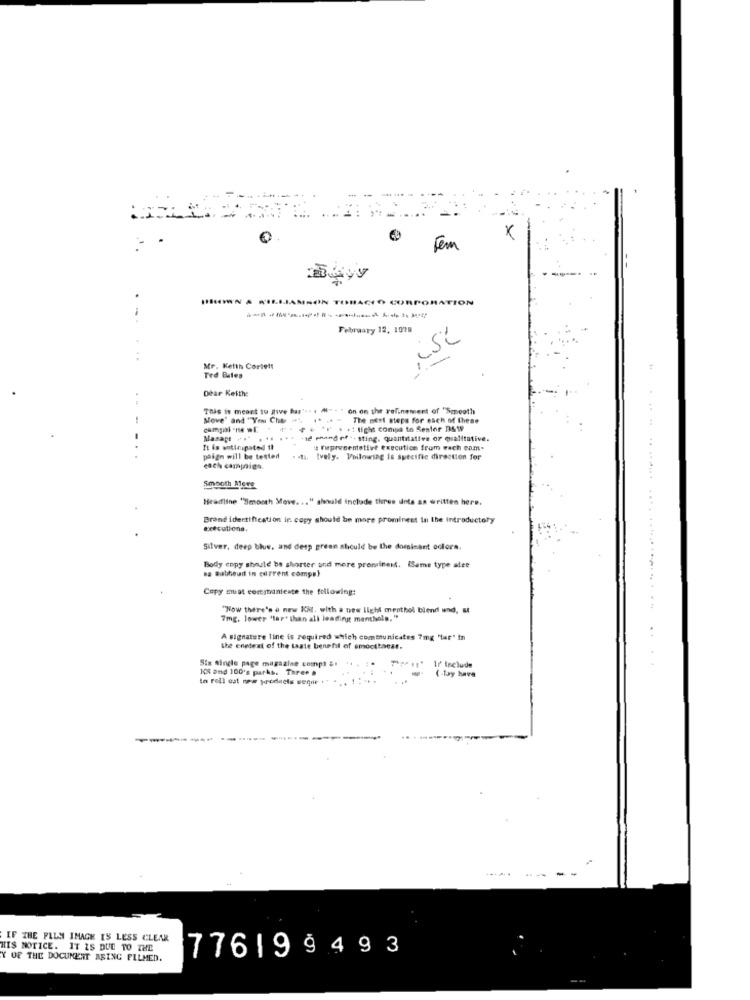
x
Fem
.....
A WILLIAMSON TOBACCO CORPORATION
-
February 12, 1078
,ist
Mr. Keith Cortett
Ted Bales
Dear Ketthe
This is meant to gue bar's. . #-
on on the refinement of "Smooth
Move' and "You Che =".
The next steps for each of these
campal ne wE
+ 1 light compa to Sestor D&W
Masart +."
-12 mand of .. sting, quantitative or qualitative.
It is anticipated th
" Fupresentative execution from wach com.
paign will be tested
. .. [vely. Voilowing is specific direction for
each campaign.
Smooth Mere
Headline "Smooth Move. .. " should include thres unts an written here.
Brand identification in copy should be more prominent in the introductory
...... ........ .....
executiona.
Silver, deep blue, and desp green should be the dominant oclora.
na Babhead in current comps}
Body copy should be shorter and mere premineid. lame type alee
Copy must commaniente the following:
"Now there's a new Kil. with a new light menthol blend und,
...............
7mg, lower 'tar' than all leadingt menthols, "
A signature line is required which communicates 7mg 'tar" in
the enetext of the taste benefit of smoctbaest.
Six single page magazine compl &
1r' Include
It and 100's parks. Three #
to roll ost new products seque
{-lay have
------
----
IF THE PLUS IMAGE IS LESS CLEAR
HIS NOTICE. IT IS DUE TO THE
776199493
Y OF THE DOCUMENT ARING FILMED.